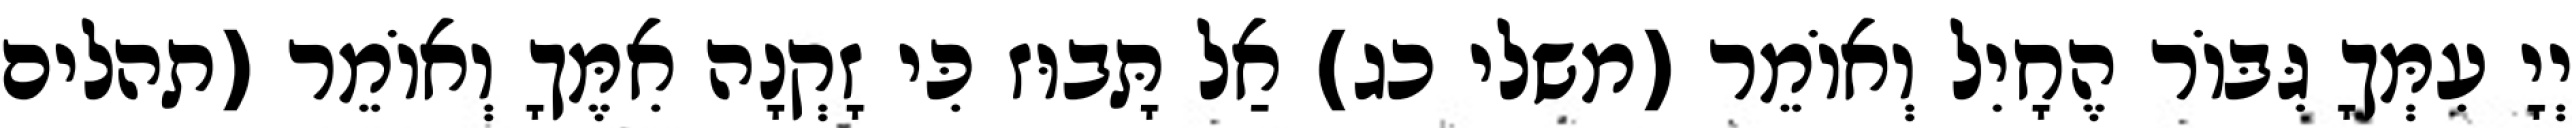
יְיָ עִמְּךָ גִּבּוֹר הֶחָיִל וְאוֹמֵר (משלי כג) אַל תָּבוּז כִּי זָקְנָה אִמֶּךָ וְאוֹמֵר (תהלים